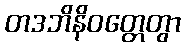
တဒဘိနိဝတ္တေတွာ